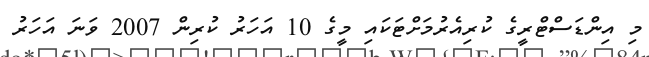
މި އިންޑަސްޓްރީގެ ކުރިއެރުމަށްޓަކައި މީގެ 10 އަހަރު ކުރިން 2007 ވަނަ އަހަރު